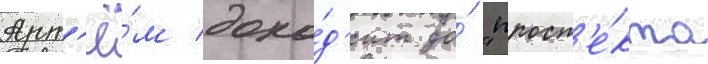
Арт'ё́м дохо́д'ит до́ "просп'е́кта